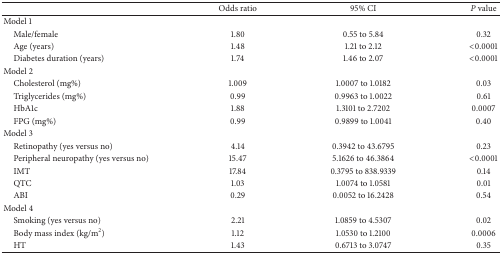
<table><thead><tr><td><b> </b></td><td><b>Odds ratio</b></td><td><b>95% CI</b></td><td><b><i>P</i> value</b></td></tr></thead><tbody><tr><td>Model 1</td><td> </td><td> </td><td> </td></tr><tr><td> Male/female</td><td>1.80</td><td>0.55 to 5.84</td><td>0.32</td></tr><tr><td> Age (years)</td><td>1.48</td><td>1.21 to 2.12</td><td>&lt;0.0001</td></tr><tr><td> Diabetes duration (years)</td><td>1.74</td><td>1.46 to 2.07</td><td>&lt;0.0001</td></tr><tr><td>Model 2</td><td> </td><td> </td><td> </td></tr><tr><td> Cholesterol (mg%)</td><td>1.009</td><td>1.0007 to 1.0182</td><td>0.03</td></tr><tr><td> Triglycerides (mg%)</td><td>0.99</td><td>0.9963 to 1.0022</td><td>0.61</td></tr><tr><td> HbA1c</td><td>1.88</td><td>1.3101 to 2.7202</td><td>0.0007</td></tr><tr><td> FPG (mg%)</td><td>0.99</td><td>0.9899 to 1.0041</td><td>0.40</td></tr><tr><td>Model 3</td><td> </td><td> </td><td> </td></tr><tr><td> Retinopathy (yes versus no)</td><td>4.14</td><td>0.3942 to 43.6795</td><td>0.23</td></tr><tr><td> Peripheral neuropathy (yes versus no)</td><td>15.47</td><td>5.1626 to 46.3864</td><td>&lt;0.0001</td></tr><tr><td> IMT</td><td>17.84</td><td>0.3795 to 838.9339</td><td>0.14</td></tr><tr><td> QTC</td><td>1.03</td><td>1.0074 to 1.0581</td><td>0.01</td></tr><tr><td> ABI</td><td>0.29</td><td>0.0052 to 16.2428</td><td>0.54</td></tr><tr><td>Model 4</td><td> </td><td> </td><td> </td></tr><tr><td> Smoking (yes versus no)</td><td>2.21</td><td>1.0859 to 4.5307</td><td>0.02</td></tr><tr><td> Body mass index (kg/m<sup>2</sup>) </td><td>1.12</td><td>1.0530 to 1.2100</td><td>0.0006</td></tr><tr><td> HT</td><td>1.43</td><td>0.6713 to 3.0747</td><td>0.35</td></tr></tbody></table>